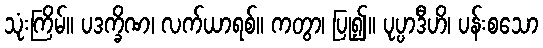
သုံးကြိမ်။ ပဒက္ခိဏ၊ လက်ယာရစ်။ ကတွာ၊ ပြု၍။ ပုပ္ပာဒီဟိ၊ ပန်းစသော